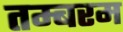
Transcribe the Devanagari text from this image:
तम्बरम